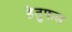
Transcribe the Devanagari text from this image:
हेतुफल